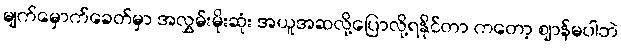
မျက်မှောက်ခေတ်မှာ အလွှမ်းမိုးဆုံး အယူအဆလို့ပြောလို့ရနိုင်တာ ကတော့ ဈာန်မပါဘဲ